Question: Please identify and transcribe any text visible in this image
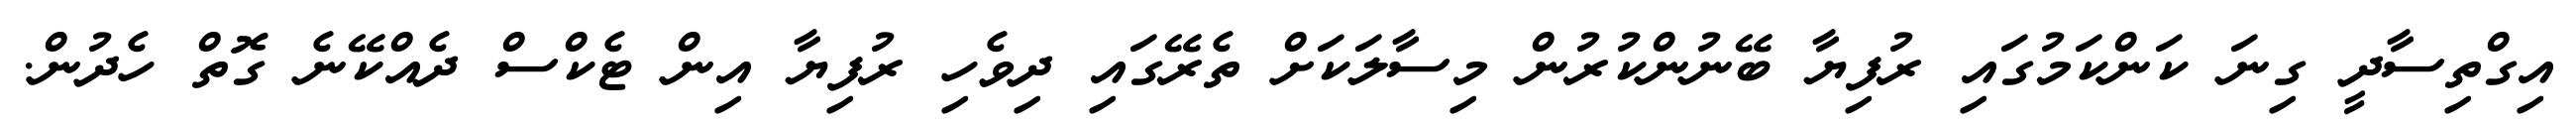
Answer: އިގްތިސާދީ ގިނަ ކަންކަމުގައި ރުފިޔާ ބޭނުންކުރުން މިސާލަކަށް ތެރޭގައި ދިވެހި ރުފިޔާ އިން ޓެކްސް ދެއްކޭނެ ގޮތް ހެދުން.